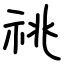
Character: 祧